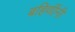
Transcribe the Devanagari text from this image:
बहिणींनी